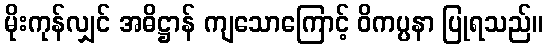
မိုးကုန်လျှင် အဓိဋ္ဌာန် ကျသောကြောင့် ဝိကပ္ပနာ ပြုရသည်။